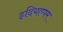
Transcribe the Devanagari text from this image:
इदियाप्पम